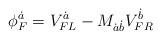
LaTeX: \begin{align*}\phi_F^{\dot{a}} = V_{FL}^{\dot{a}} - M_{\dot{a} \dot{b}} V_{FR}^{\dot{b}}\end{align*}